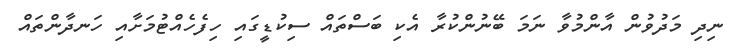
ނިދި މަދުވުން އާންމުވާ ނަމަ ބޭނުންކުރާ އެކި ބަސްތައް ސިކުޑީގައި ހިފެހެއްޓުމަށާއި ހަނދާންތައް